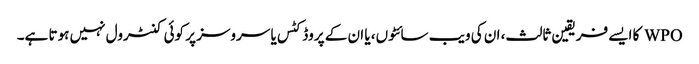
WPO کا ایسے فریقین ثالث، ان کی ویب سائٹوں، یا ان کے پروڈکٹس یا سروسز پر کوئی کنٹرول نہیں ہوتا ہے۔